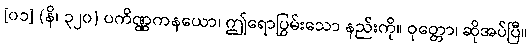
[၀၁] (နိ၊ ၃၂၀) ပကိဏ္ဏကနယော၊ ဤရောပြွမ်းသော နည်းကို။ ဝုတ္တော၊ ဆိုအပ်ပြီ။